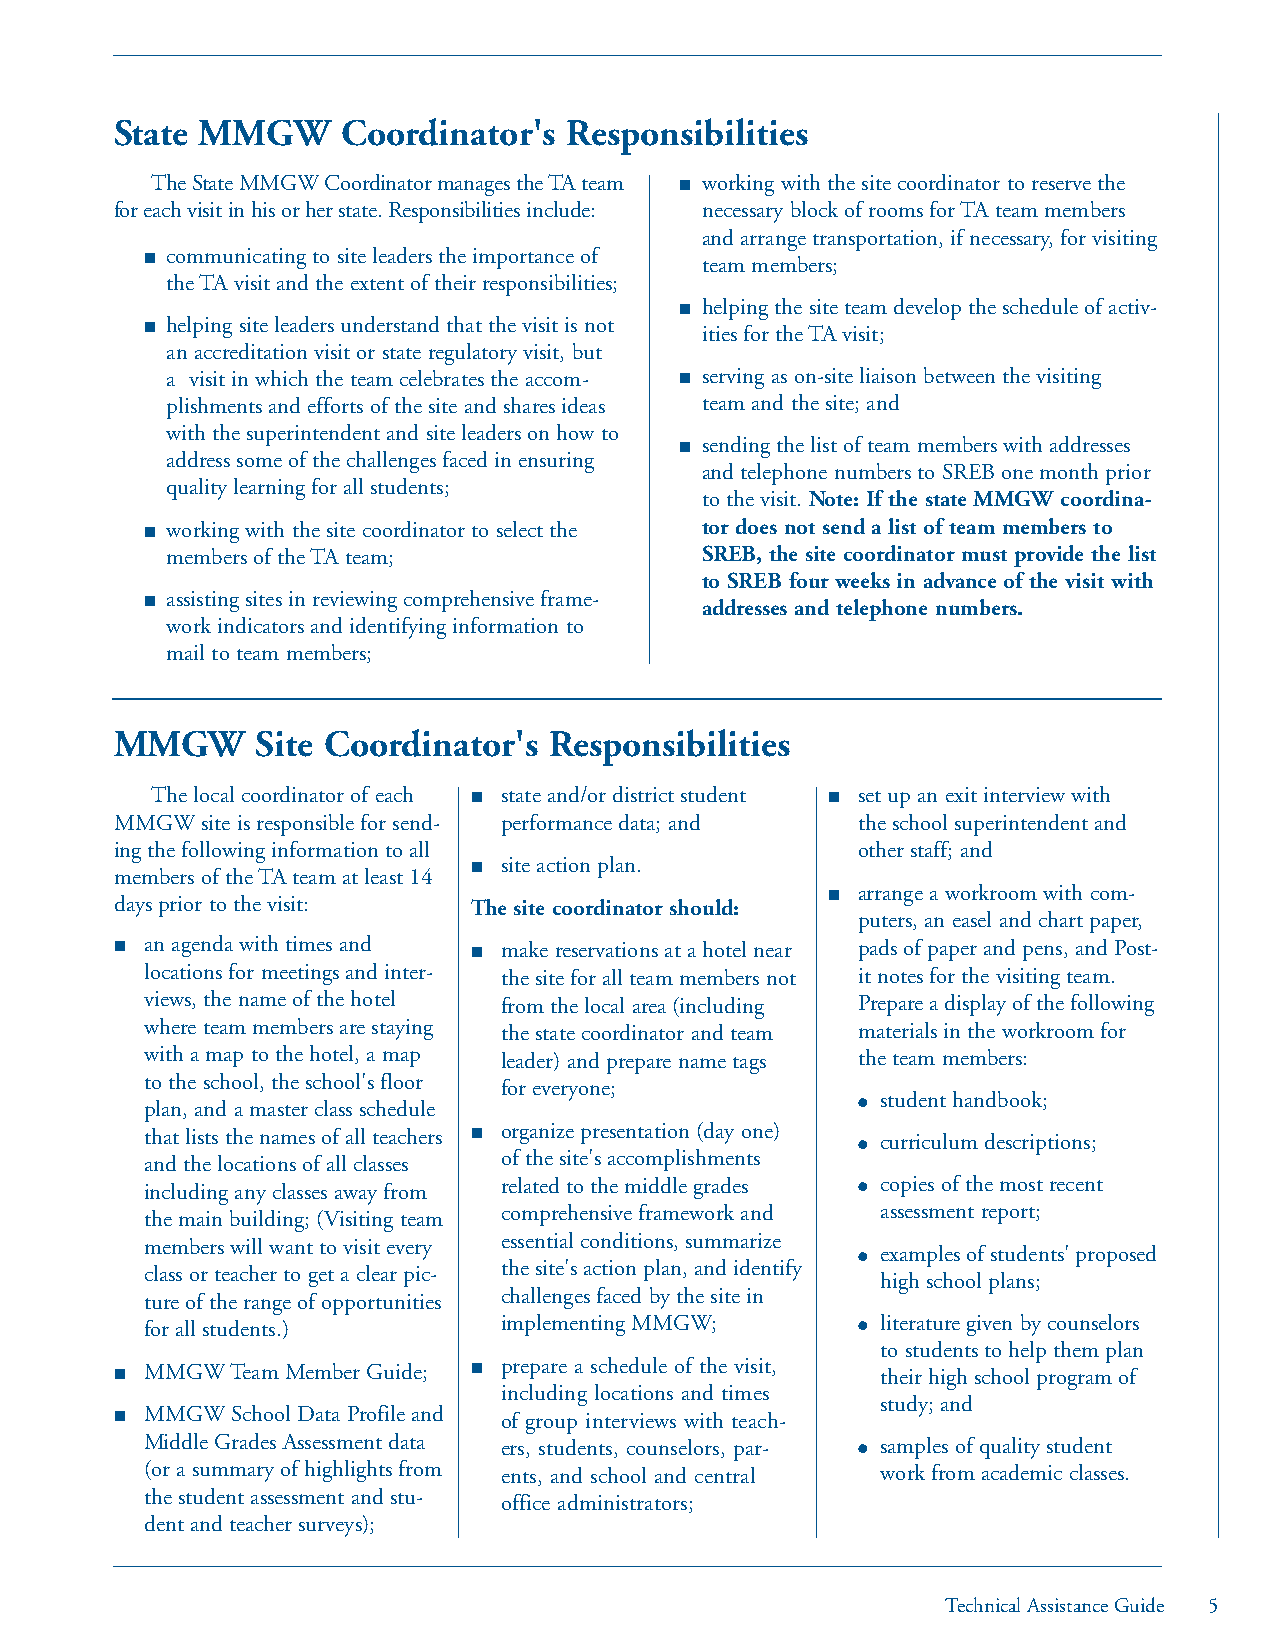
State MMGW     Coordinator's Responsibilities
 The State MMGW Coordinator manages the TA team ■ working with the site coordinator to reserve the
 for each visit in his or her state. Responsibilities include: necessary block of rooms for TA team members
 and arrange transportation, if necessary, for visiting
 ■ communicating to site leaders the importance of
 team members;
 the TA visit and the extent of their responsibilities;
 ■ helping the site team develop the schedule of activ-
 ■ helping site leaders understand that the visit is not
 ities for the TA visit;
 an accreditation visit or state regulatory visit, but
 a visit in which the team celebrates the accom- ■ serving as on-site liaison between the visiting
 plishments and efforts of the site and shares ideas team and the site; and
 with the superintendent and site leaders on how to
 ■ sending the list of team members with addresses
 address some of the challenges faced in ensuring
 and telephone numbers to SREB one month prior
 quality learning for all students;
 to the visit. Note: If the state MMGW coordina-
 ■ working with the site coordinator to select the tor does not send a list of team members to
 members of the TA team;            SREB, the site coordinator must provide the list
 to SREB four weeks in advance of the visit with
 ■ assisting sites in reviewing comprehensive frame-
 addresses and telephone numbers.
 work indicators and identifying information to
 mail to team members;
 MMGW     Site Coordinator's Responsibilities
 The local coordinator of each ■ state and/or district student ■ set up an exit interview with
 MMGW site is responsible for send- performance data; and the school superintendent and
 ing the following information to all             other staff; and
 ■ site action plan.
 members of the TA team at least 14
 ■ arrange a workroom with com-
 days prior to the visit: The site coordinator should:
 puters, an easel and chart paper,
 ■ an agenda with times and ■ make reservations at a hotel near pads of paper and pens, and Post-
 locations for meetings and inter- the site for all team members not it notes for the visiting team.
 views, the name of the hotel from the local area (including Prepare a display of the following
 where team members are staying the state coordinator and team materials in the workroom for
 with a map to the hotel, a map leader) and prepare name tags the team members:
 to the school, the school's floor
 for everyone;
 plan, and a master class schedule              ● student handbook;
 that lists the names of all teachers ■ organize presentation (day one) ● curriculum descriptions;
 and the locations of all classes of the site's accomplishments
 including any classes away from related to the middle grades ● copies of the most recent
 the main building; (Visiting team comprehensive framework and assessment report;
 members will want to visit every essential conditions, summarize
 ● examples of students' proposed
 class or teacher to get a clear pic- the site's action plan, and identify
 high school plans;
 ture of the range of opportunities challenges faced by the site in
 for all students.)     implementing MMGW;      ● literature given by counselors
 to students to help them plan
 ■ MMGW Team Member Guide; ■ prepare a schedule of the visit, their high school program of
 including locations and times
 study; and
 ■ MMGW School Data Profile and of group interviews with teach-
 Middle Grades Assessment data ers, students, counselors, par- ● samples of quality student
 (or a summary of highlights from ents, and school and central work from academic classes.
 the student assessment and stu-
 office administrators;
 dent and teacher surveys);
 Technical Assistance Guide 5